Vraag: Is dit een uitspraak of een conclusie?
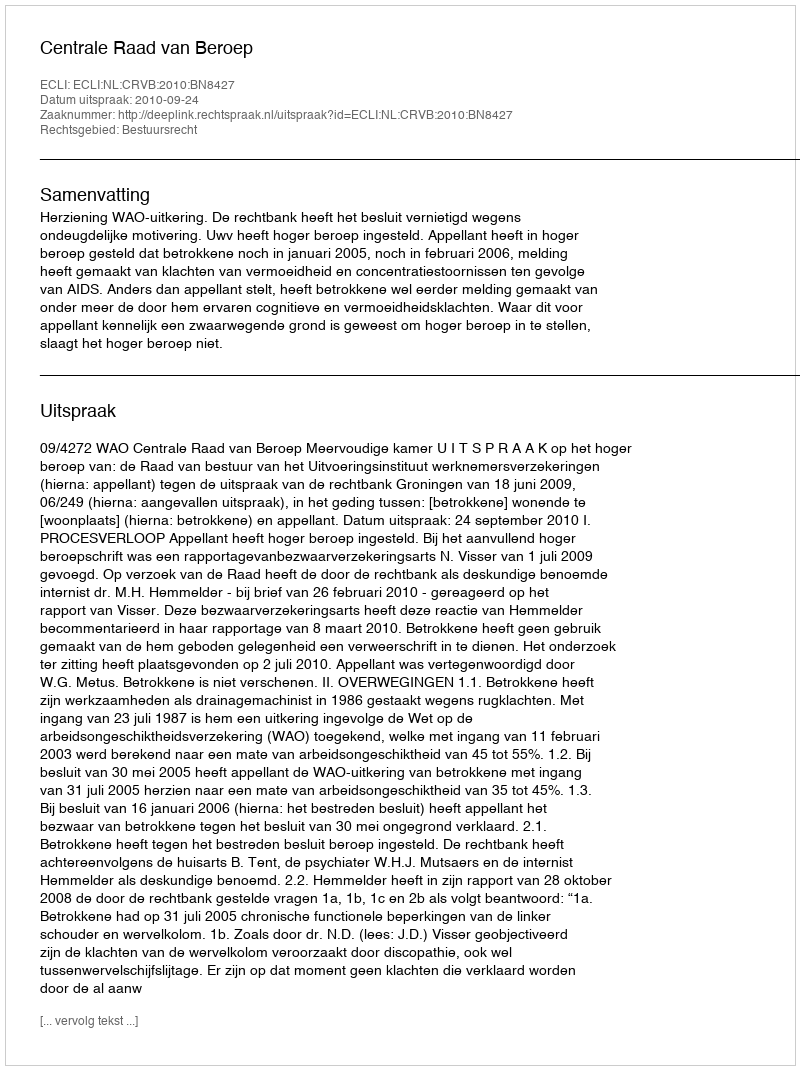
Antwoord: Uitspraak